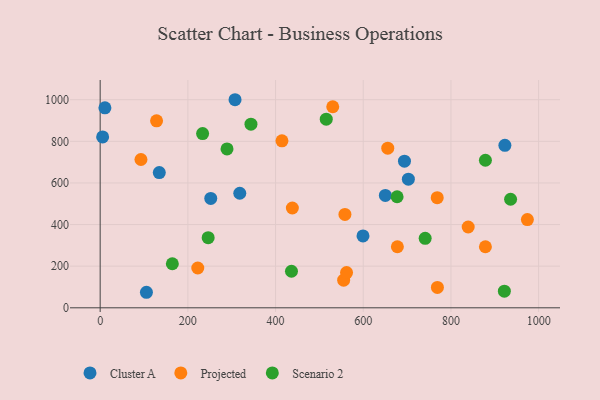
{"axis": {"x": "Price", "y": "Fuel Efficiency"}, "legend": ["Cluster A", "Projected", "Scenario 2"], "data": [{"x": "105.5", "y": 74.6, "type": "Cluster A"}, {"x": "134.8", "y": 650.0, "type": "Cluster A"}, {"x": "307.6", "y": 999.9, "type": "Cluster A"}, {"x": "694.0", "y": 704.5, "type": "Cluster A"}, {"x": "318.4", "y": 550.5, "type": "Cluster A"}, {"x": "702.9", "y": 617.9, "type": "Cluster A"}, {"x": "5.6", "y": 821.3, "type": "Cluster A"}, {"x": "252.2", "y": 525.7, "type": "Cluster A"}, {"x": "10.8", "y": 960.8, "type": "Cluster A"}, {"x": "650.4", "y": 540.1, "type": "Cluster A"}, {"x": "599.4", "y": 345.3, "type": "Cluster A"}, {"x": "923.0", "y": 780.9, "type": "Cluster A"}, {"x": "839.3", "y": 388.3, "type": "Projected"}, {"x": "530.4", "y": 966.2, "type": "Projected"}, {"x": "555.3", "y": 132.6, "type": "Projected"}, {"x": "128.6", "y": 898.5, "type": "Projected"}, {"x": "561.9", "y": 169.4, "type": "Projected"}, {"x": "878.6", "y": 293.4, "type": "Projected"}, {"x": "677.8", "y": 293.4, "type": "Projected"}, {"x": "438.3", "y": 479.7, "type": "Projected"}, {"x": "769.1", "y": 98.1, "type": "Projected"}, {"x": "414.6", "y": 802.3, "type": "Projected"}, {"x": "655.9", "y": 767.1, "type": "Projected"}, {"x": "222.6", "y": 191.3, "type": "Projected"}, {"x": "558.2", "y": 448.5, "type": "Projected"}, {"x": "974.3", "y": 423.8, "type": "Projected"}, {"x": "93.0", "y": 712.6, "type": "Projected"}, {"x": "768.7", "y": 529.4, "type": "Projected"}, {"x": "289.3", "y": 763.5, "type": "Scenario 2"}, {"x": "436.3", "y": 175.7, "type": "Scenario 2"}, {"x": "921.8", "y": 79.8, "type": "Scenario 2"}, {"x": "233.6", "y": 837.0, "type": "Scenario 2"}, {"x": "164.6", "y": 211.6, "type": "Scenario 2"}, {"x": "343.9", "y": 882.3, "type": "Scenario 2"}, {"x": "936.0", "y": 521.7, "type": "Scenario 2"}, {"x": "246.3", "y": 336.8, "type": "Scenario 2"}, {"x": "741.2", "y": 333.7, "type": "Scenario 2"}, {"x": "878.6", "y": 709.1, "type": "Scenario 2"}, {"x": "677.2", "y": 533.6, "type": "Scenario 2"}, {"x": "515.6", "y": 906.4, "type": "Scenario 2"}]}